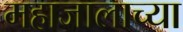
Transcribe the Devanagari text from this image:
महाजालाच्या